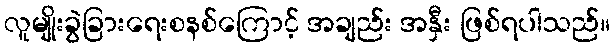
လူမျိုးခွဲခြားရေးစနစ်ကြောင့် အချည်း အနှီး ဖြစ်ရပါသည်။